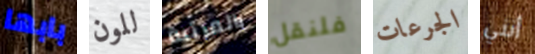
بابها للون بالمرتبة فلنقل الجرعات أنني